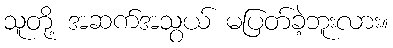
သူတို့ အဆက်အသွယ် မပြတ်ခဲ့ဘူးလား။